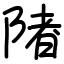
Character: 陼